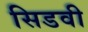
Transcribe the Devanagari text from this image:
सिडवी